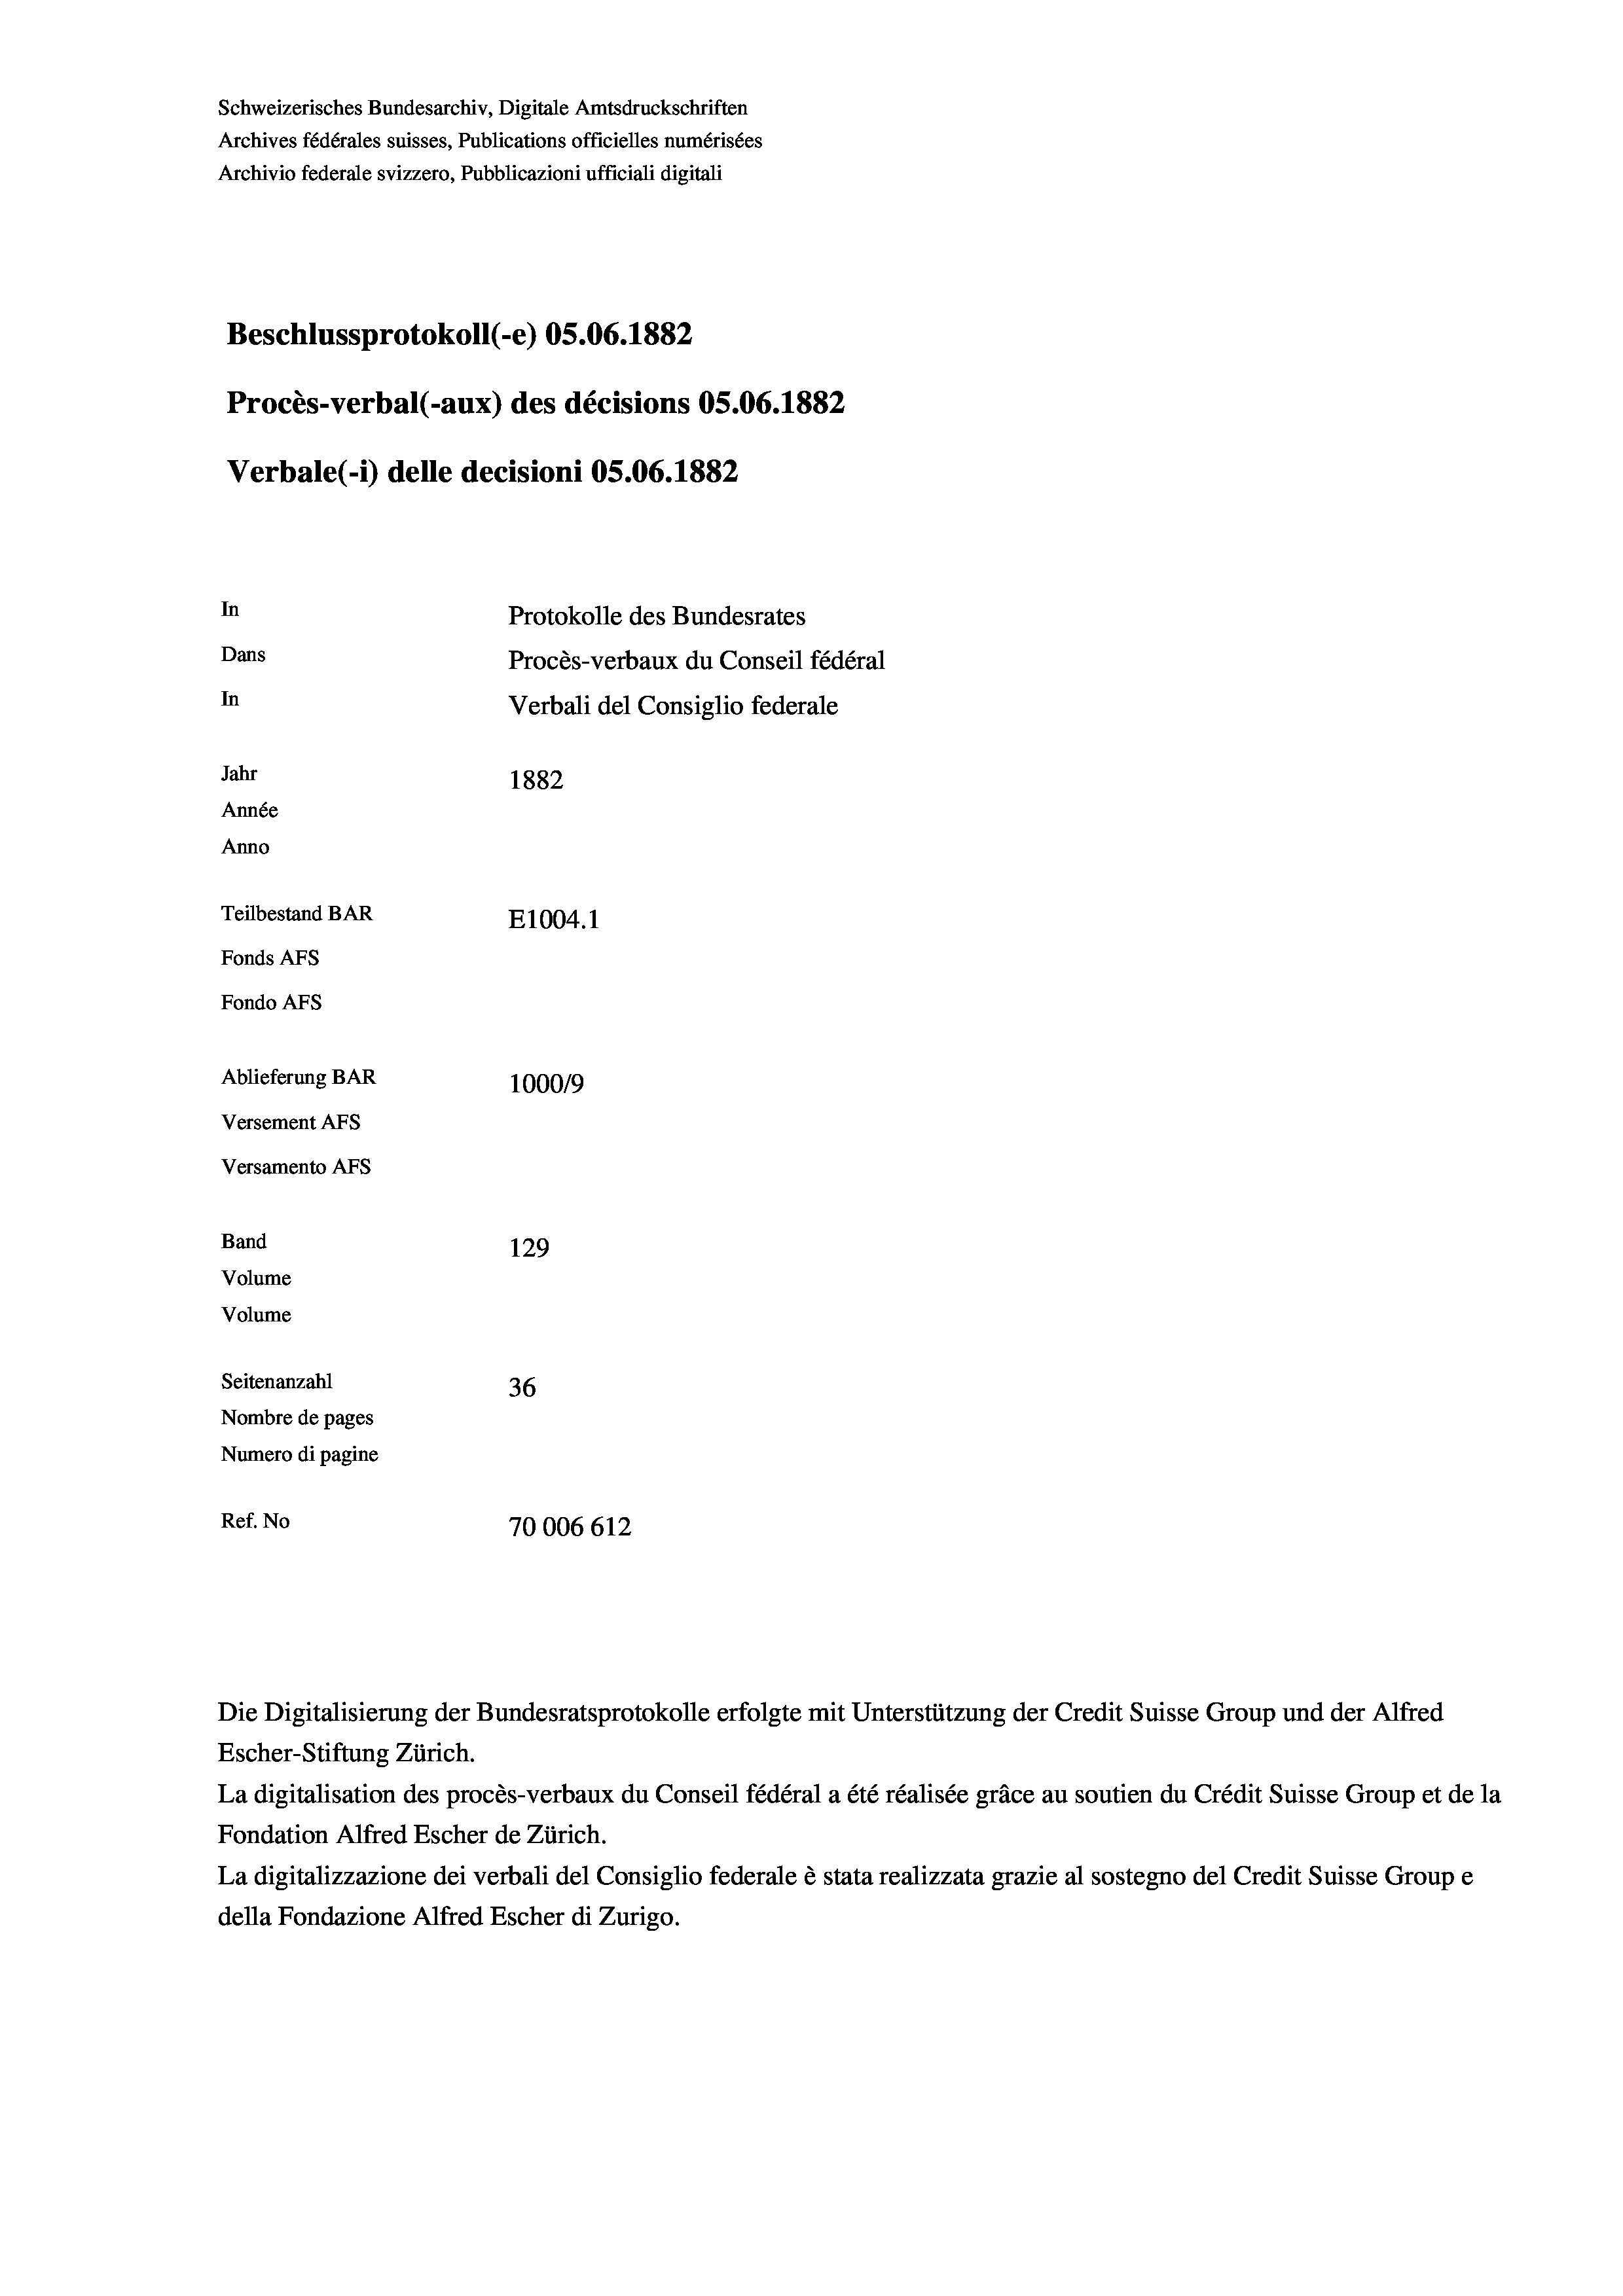
Schweizerisches Bundesarchiv, Digitale Amtsdruckschriften
Archives fédérales suisses, Publications officielles numérisées
Archivio federale svizzero, Pubblicazioni ufficiali digitali
Beschlussprotokoll (-e) OS.06. 1882
Procès-verbal (-aux) des décisions OS.06. 1882
Verbale (1) delle decisioni OS.06. 1882
In
Protokolle des Bundesrates
Dans
Procès-verbaux du Conseil fédéral
In
Verbali del Consiglio federale
Jahr
1882
Année
Anno
Teilbestand BAR
E1004. 1
Fonds Afs
Fondo Afs
Ablieferung BAR
1000/9
Versement Abs
Versamento AFs
Band
129
Volume
Volume
Seitenanzahl
36
Nombre de pages
Numero di pagine
Ref. No
70006612

Escher-Stiftung Zürich.
La digitalisation des procès-verbaux du Conseil fédéral a été réalisée gräce au soutien du Crédit Suisse Group et de la
Fondation Alfred Escher de Zürich.
La digitalizzazione dei verbali del Consiglio federale è stata realizzata grazie al sostegno del Credit Suisse Groupe
della Fondazione Alfred Escher di Zurigo.

Die Digitalisierung der Bundesratsprotokolle erfolgte mit Unterstützung der Credit Suisse Group und der Alfred